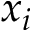
x _ { i }